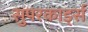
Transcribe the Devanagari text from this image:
सुपरकार्ड्स